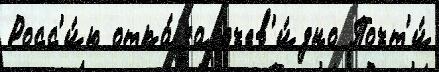
Росс'и́ю отка́за очев'и́дно Почт'и́